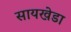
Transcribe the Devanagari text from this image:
सायखेडा